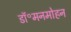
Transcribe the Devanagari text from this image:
डॉ॰मनमोहन